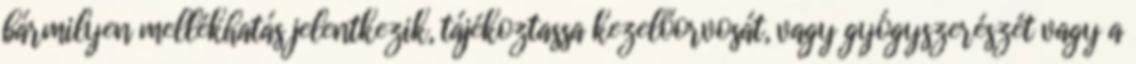
bármilyen mellékhatás jelentkezik, tájékoztassa kezelőorvosát, vagy gyógyszerészét vagy a